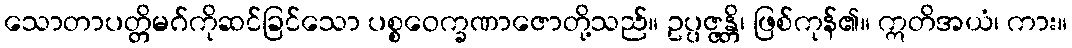
သောတာပတ္တိမဂ်ကိုဆင်ခြင်သော ပစ္စဝေက္ခဏာဇောတို့သည်။ ဥပ္ပဇ္ဇန္တိ၊ ဖြစ်ကုန်၏။ ဣတိအယံ၊ ကား။